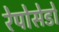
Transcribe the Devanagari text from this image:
रेपोसेडो